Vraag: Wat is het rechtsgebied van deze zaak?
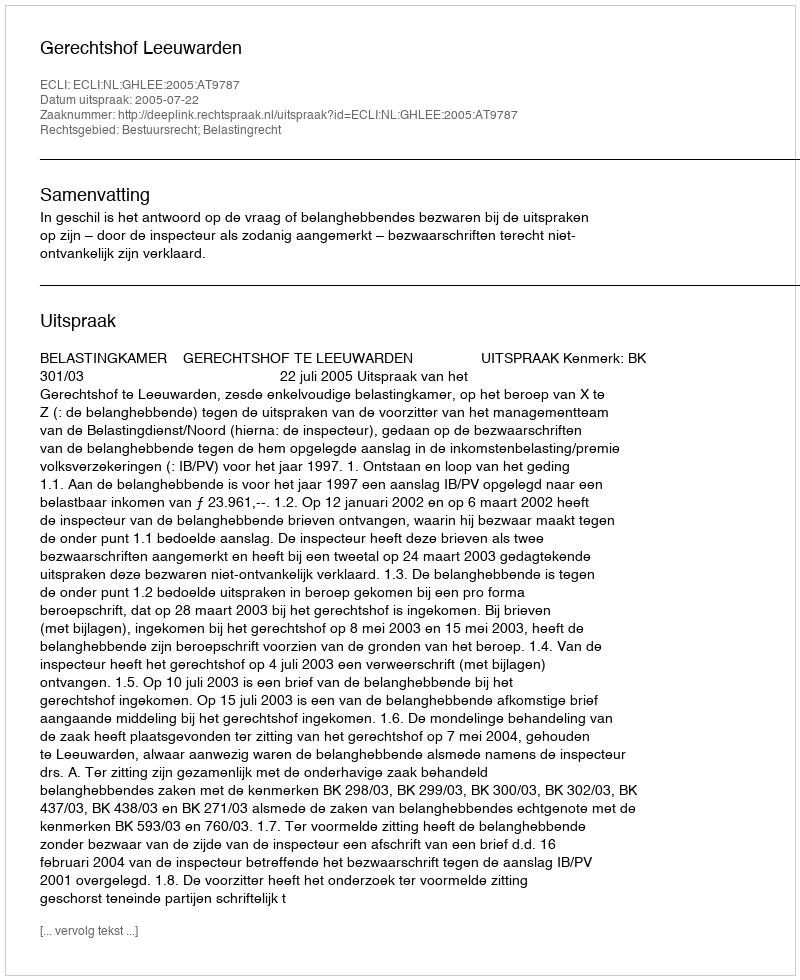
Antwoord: Bestuursrecht; Belastingrecht